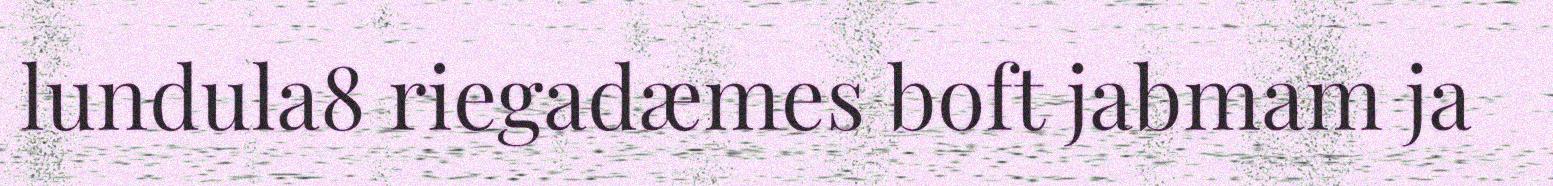
lundula8 riegadæmes boft jabmam ja